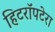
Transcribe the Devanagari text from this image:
हिटरॉपटेरा